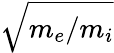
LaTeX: \sqrt{m_{e}/m_{i}}